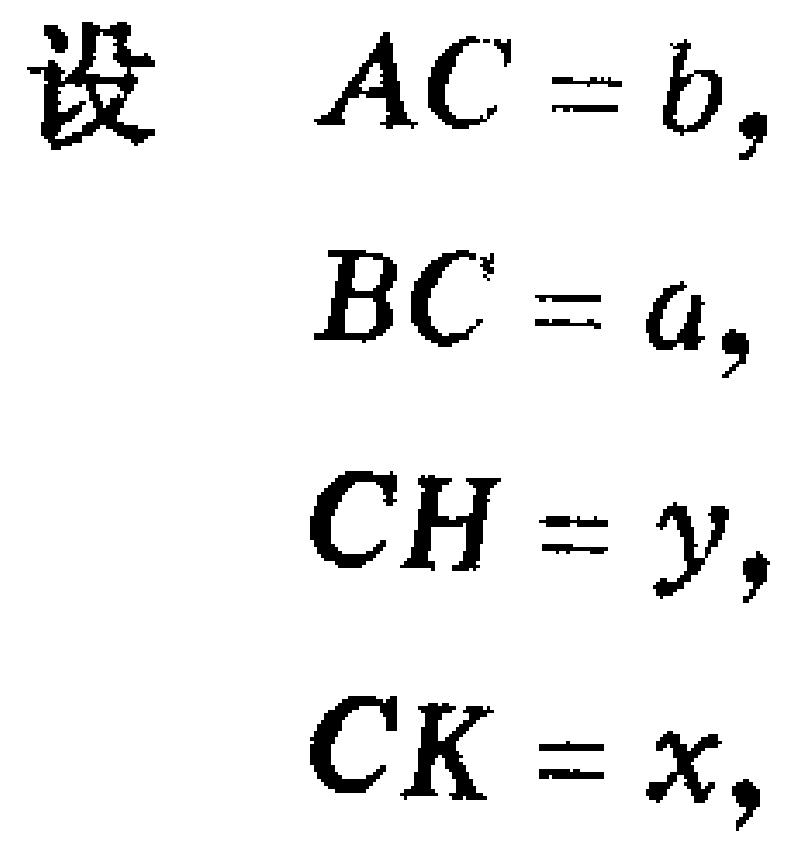
设 \(AC = b,\)
\(BC = a,\)
\(CH = y,\)
\(CK = x,\)